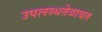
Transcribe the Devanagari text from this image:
उपलब्धतेबाबत